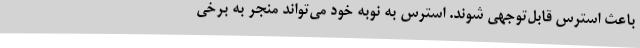
باعث استرس قابل‌توجهی شوند. استرس به نوبه خود می‌تواند منجر به برخی